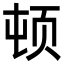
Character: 顿